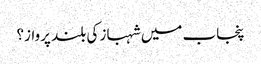
پنجاب میں شہباز کی بلند پرواز؟